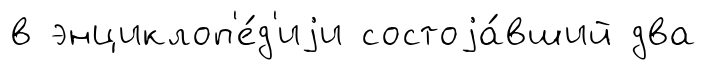
в энциклоп'е́д'иjи состоjа́вший два